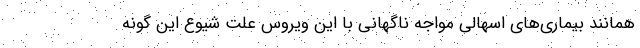
همانند بیماری‌های اسهالی مواجه ناگهانی با این ویروس علت شیوع این گونه